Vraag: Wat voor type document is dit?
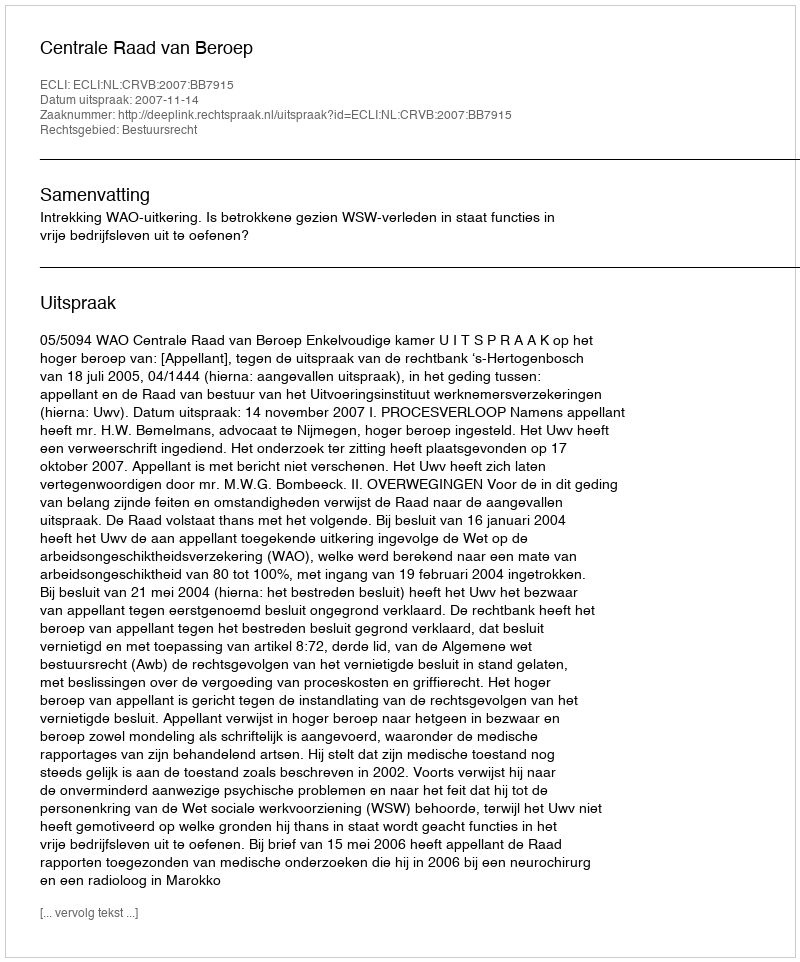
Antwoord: Uitspraak